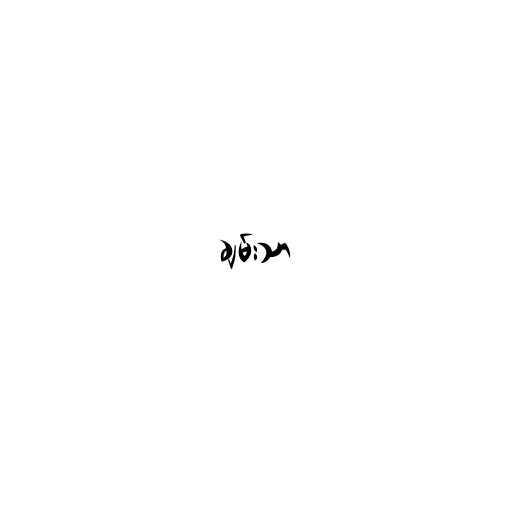
ချမ်းသာ